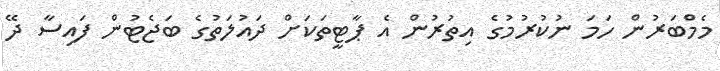
މެމްބަރުން ހަމަ ނުކުރުމުގެ އިތުރުން އެ ޕާޓީތަކަށް ދައުލަތުގެ ބަޖެޓުން ފައިސާ ދޭ